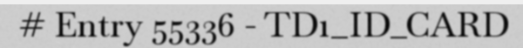
# Entry 55336 - TD1_ID_CARD